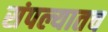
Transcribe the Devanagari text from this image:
संपल्यातच